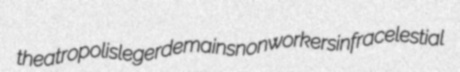
theatropolis legerdemains nonworkers infracelestial